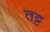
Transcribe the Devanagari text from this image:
तट्ट